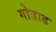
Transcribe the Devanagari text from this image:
गोताड